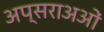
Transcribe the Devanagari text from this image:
अप्सराअओं